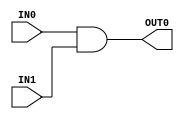
/* -----------------------------------------------------------------------------------
 * Module Name  : and_gate
 *
 * Description  : Basic parameterized AND gate module.
 * ----------------------------------------------------------------------------------- */

module and_gate#( parameter WIDTH = 1 )(    input [WIDTH-1:0] IN0,
                                            input [WIDTH-1:0] IN1,
                                            output [WIDTH-1:0] OUT0 );

    assign OUT0 = IN0 & IN1;

endmodule